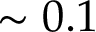
\sim 0 . 1